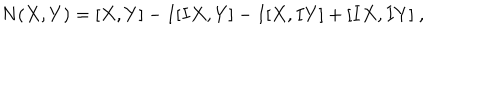
N ( X , Y ) = [ X , Y ] - I [ I X , Y ] - I [ X , I Y ] + [ I X , I Y ] ~ ,